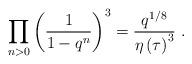
LaTeX: \begin{align*}\prod_{n>0}\left( \frac{1}{1-q^{n}}\right) ^{3}=\frac{q^{1/8}}{\eta \left(\tau \right) ^{3}}\ .\end{align*}